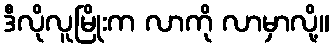
ဒီလိုလူမြိုးက လာကို လာမှာလို့။